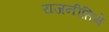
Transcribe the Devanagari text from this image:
राजनीतिमे